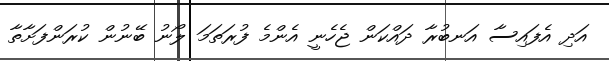
އަދި އެފައިސާ އަނބުރާ ދައްކަން ޖެހެނީ އެންމެ ފުރަތަމަ ލޯނު ބޭނުން ކުރަންފަށާތާ